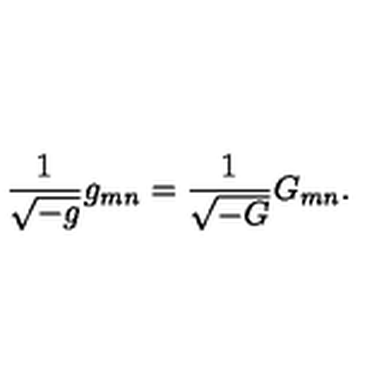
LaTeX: { \frac { 1 } { \sqrt { - g } } } g _ { m n } = { \frac { 1 } { \sqrt { - G } } } G _ { m n } .